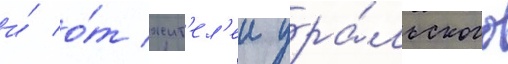
и́ о́т жит'ел'еи ура́льского